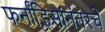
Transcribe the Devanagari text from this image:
फर्नांडिसांनंतरचे